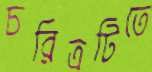
চরিত্রটিতে